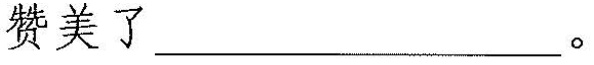
赞美了___。